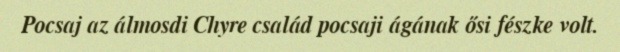
Pocsaj az álmosdi Chyre család pocsaji ágának ősi fészke volt.